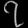
Digit: ၇